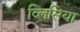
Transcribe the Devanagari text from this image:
व्लिसिया